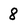
Character: 8